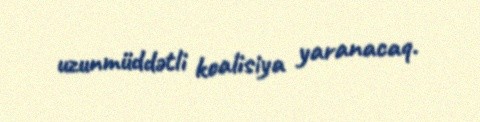
uzunmüddətli koalisiya yaranacaq.